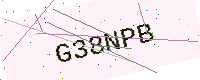
Text: G38NPB